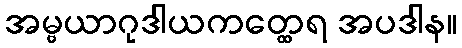
အမ္ဗယာဂုဒါယကတ္ထေရ အပဒါန။